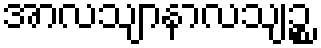
အာလသျာနာလသျဉ္စ